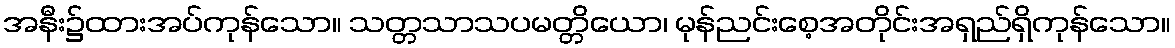
အနီး၌ထားအပ်ကုန်သော။ သတ္တသာသပမတ္တိယော၊ မုန်ညင်းစေ့အတိုင်းအရှည်ရှိကုန်သော။